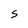
Character: S